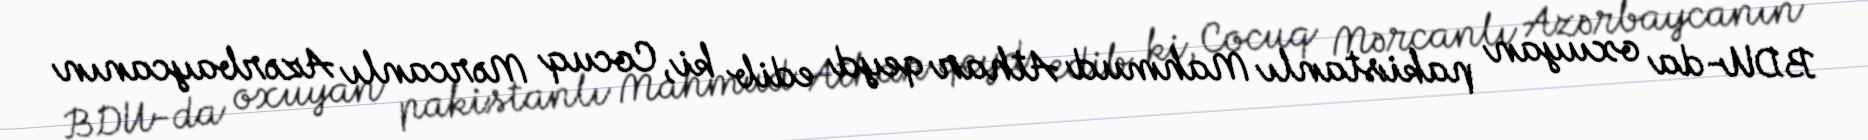
BDU-da oxuyan pakistanlı Mahmud Athar qeyd edib ki, Cocuq Mərcanlı Azərbaycanın